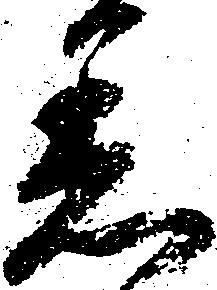
着